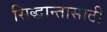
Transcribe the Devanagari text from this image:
सिद्धान्तासाठी